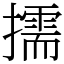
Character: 擩